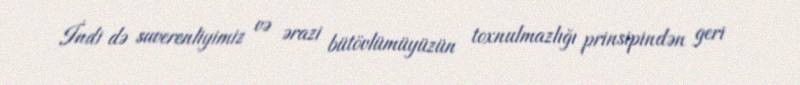
İndi də suverenliyimiz və ərazi bütövlümüyüzün toxnulmazlığı prinsipindən geri